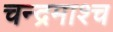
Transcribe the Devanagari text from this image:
चन्द्रमाश्च